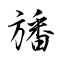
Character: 旙